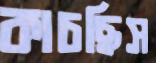
কাচছিস